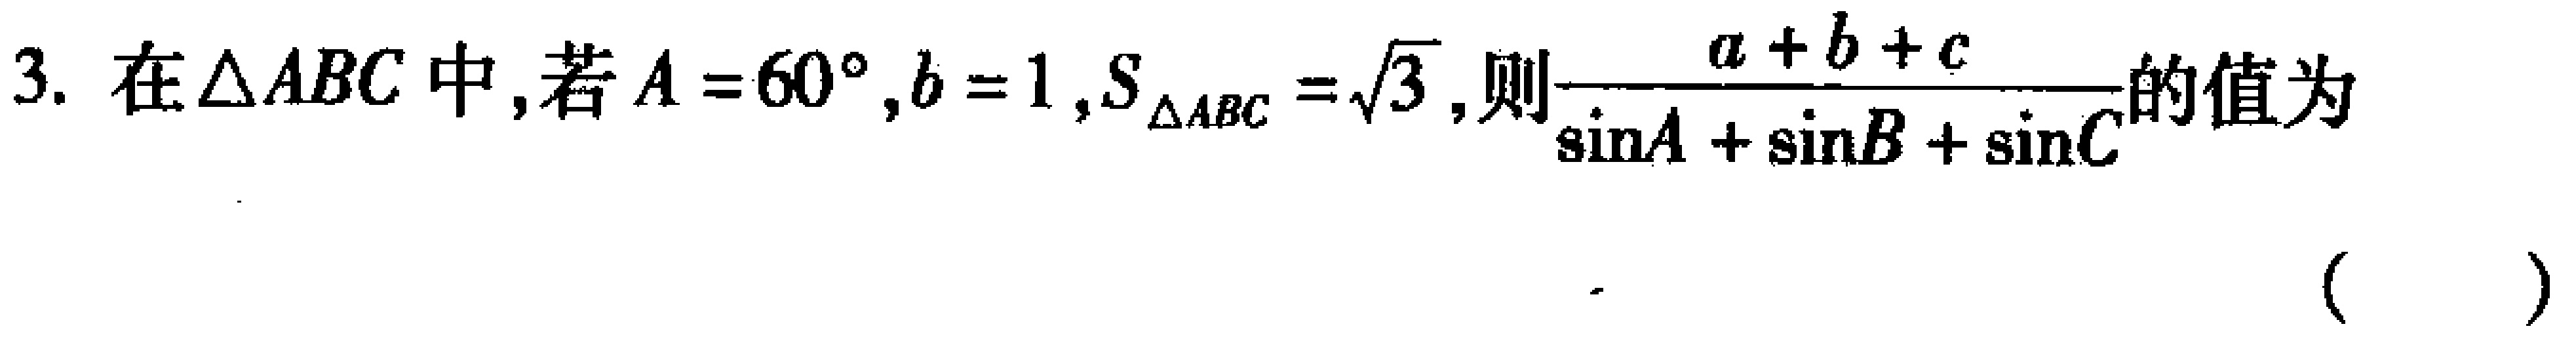
在\(\triangle ABC\)中,若\(A = 60^{\circ},b = 1,S_{\triangle ABC}=\sqrt{3}\),则\(\frac{a + b + c}{\sin A+\sin B+\sin C}\)的值为  （  ）